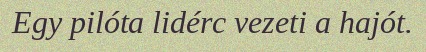
Egy pilóta lidérc vezeti a hajót.